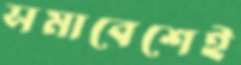
সমাবেশেই